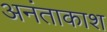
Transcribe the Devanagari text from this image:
अनंताकाश